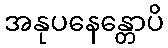
အနုပနေန္တောပိ